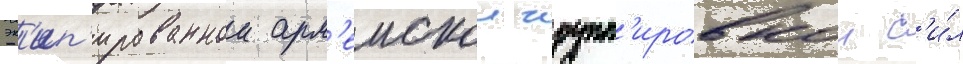
эк'ип'ированнои арм'еискои групп'ировкои с'и́л